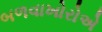
બળવાખોરોએ